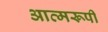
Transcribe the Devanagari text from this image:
आत्मरूपी